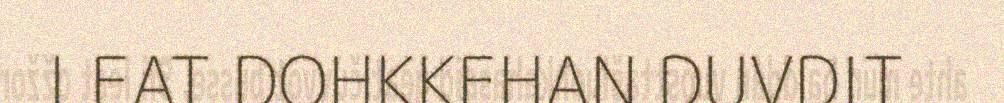
LEAT DOHKKEHAN DUVDIT